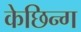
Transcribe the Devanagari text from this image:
केछिन्ग